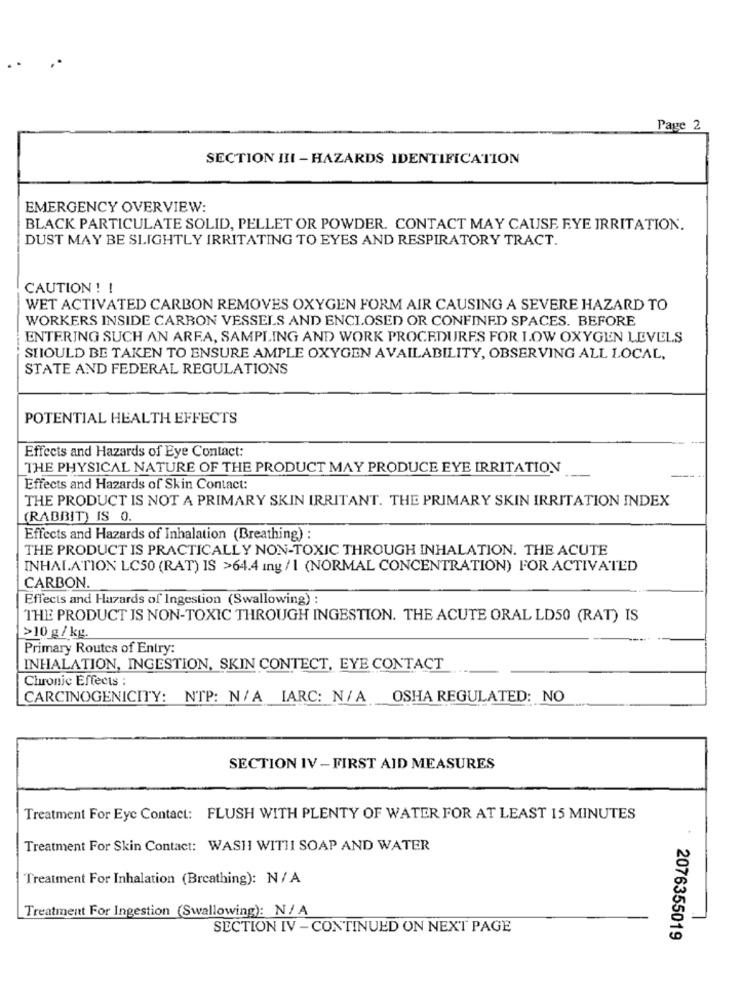
Page 2
SECTION III - HAZARDS IDENTIFICATION
EMERGENCY OVERVIEW:
BLACK PARTICULATE SOLID, PELLET OR POWDER. CONTACT MAY CAUSE EYE IRRITATION.
DUST MAY BE SLIGHTLY IRRITATING TO EYES AND RESPIRATORY TRACT.
CAUTION ! !
WET ACTIVATED CARBON REMOVES OXYGEN FORM AIR CAUSING A SEVERE HAZARD TO
WORKERS INSIDE CARBON VESSELS AND ENCLOSED OR CONFINED SPACES. BEFORE
ENTERING SUCH AN ARFA, SAMPLING AND WORK PROCEDURES FOR I.OW OXYGEN LEVELS
SHOULD BE TAKEN TO ENSURE AMPLE OXYGEN AVAILABILITY, OBSERVING ALL LOCAL,
STATE AND FEDERAL REGULATIONS
POTENTIAL HEALTH EFFECTS
Effects and Hazards of Eye Contact:
THE PHYSICAL NATURE OF THE PRODUCT MAY PRODUCE EYE IRRITATION
Effects and Hazards of Skin Contact:
THE PRODUCT IS NOT A PRIMARY SKIN IRRITANT. THE PRIMARY SKIN IRRITATION INDEX
(RABBIT) IS 0.
Effects and Hazards of Inhalation (Breathing) :
THE PRODUCT IS PRACTICALLY NON-TOXIC THROUGH INHALATION. THE ACUTE
INHALATION LC50 (RAT) IS >64.4 ing / 1 (NORMAL CONCENTRATION) FOR ACTIVATED
CARBON.
Effects and Hazards of Ingestion (Swallowing) :
THE PRODUCT IS NON-TOXIC THROUGH INGESTION. THE ACUTE ORAL LD50 (RAT) IS
>10 g/ kg.
Primary Routes of Entry:
INHALATION, INGESTION, SKIN CONTECT, EYE CONTACT
Chronic Effects :
CARCINOGENICITY: NTP: N/A IARC: N/A OSHA REGULATED: NO
SECTION IV -FIRST AID MEASURES
Treatment For Eye Contact: FLUSH WITH PLENTY OF WATER FOR AT LEAST 15 MINUTES
Treatment For Skin Contact: WASH WITH SOAP AND WATER
Treatment For Inhalation (Breathing): N/ A
Treatment For Ingestion (Swallowing): N/ A
SECTION IV - CONTINUED ON NEXT PAGE
2076355019